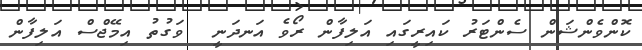
ކޮންވެންޝަން ސެންޓަރު ކައިރީގައި އަލިފާން ރޯވެ އަނދަނީ  ވަގުތު އިމޭޖްސް އަލިފާން